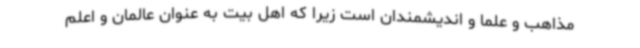
مذاهب و علما و اندیشمندان است زیرا که اهل بیت به عنوان عالمان و اعلم